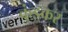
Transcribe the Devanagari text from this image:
कुंडकर